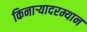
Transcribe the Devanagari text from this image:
किनाऱ्यादरम्यान